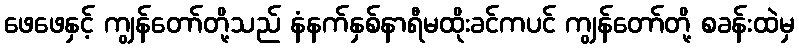
ဖေဖေနှင့် ကျွန်တော်တို့သည် နံနက်နှစ်နာရီမထိုးခင်ကပင် ကျွန်တော်တို့ စခန်းထဲမှ